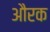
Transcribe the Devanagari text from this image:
औरक